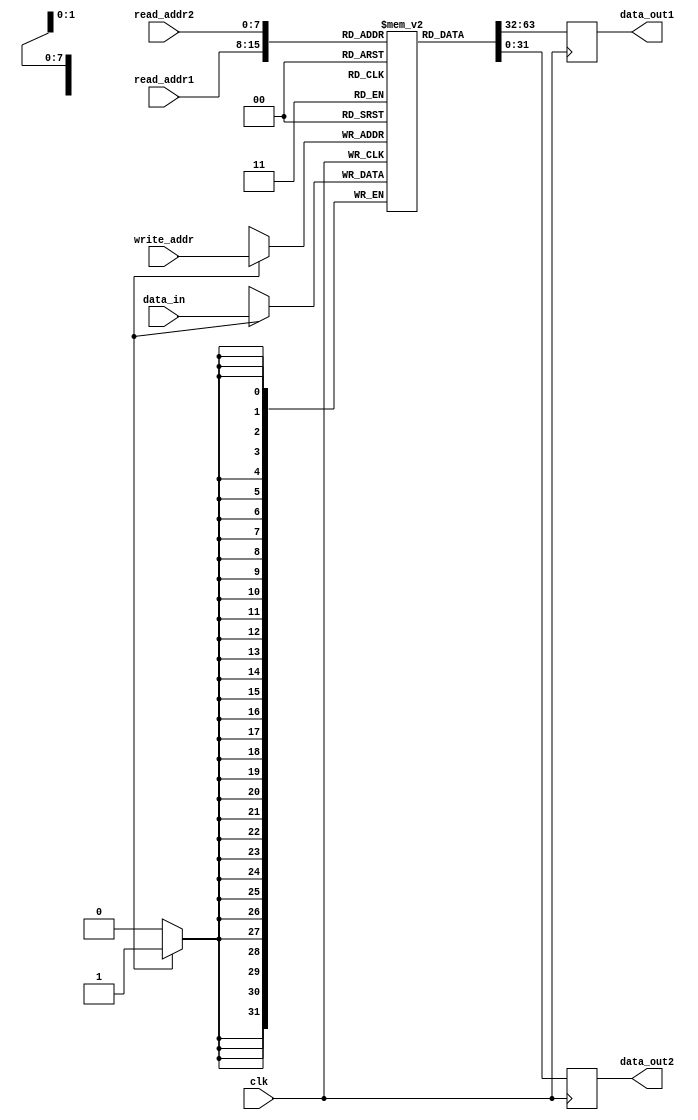
module memory_blocks_register_file (
  input wire clk,
  input wire [7:0] read_addr1,
  input wire [7:0] read_addr2,
  input wire [7:0] write_addr,
  input wire [31:0] data_in,
  output reg [31:0] data_out1,
  output reg [31:0] data_out2
);

reg [31:0] mem [255:0];

always @(posedge clk) begin
  data_out1 <= mem[read_addr1];
  data_out2 <= mem[read_addr2];
end

always @(posedge clk) begin
  if (write_en) mem[write_addr] <= data_in;
end

endmodule